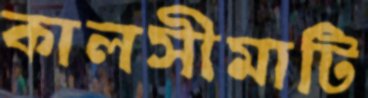
কালসীমাটি